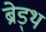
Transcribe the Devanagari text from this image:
ब्रेड्थ